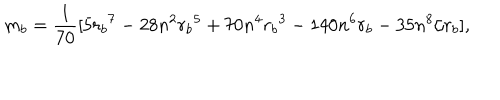
m _ { b } = { \frac { 1 } { 7 0 } } [ 5 { r _ { b } } ^ { 7 } - 2 8 n ^ { 2 } { r _ { b } } ^ { 5 } + 7 0 n ^ { 4 } { r _ { b } } ^ { 3 } - 1 4 0 n ^ { 6 } { r _ { b } } - 3 5 n ^ { 8 } / r _ { b } ] ,